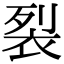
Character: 裂